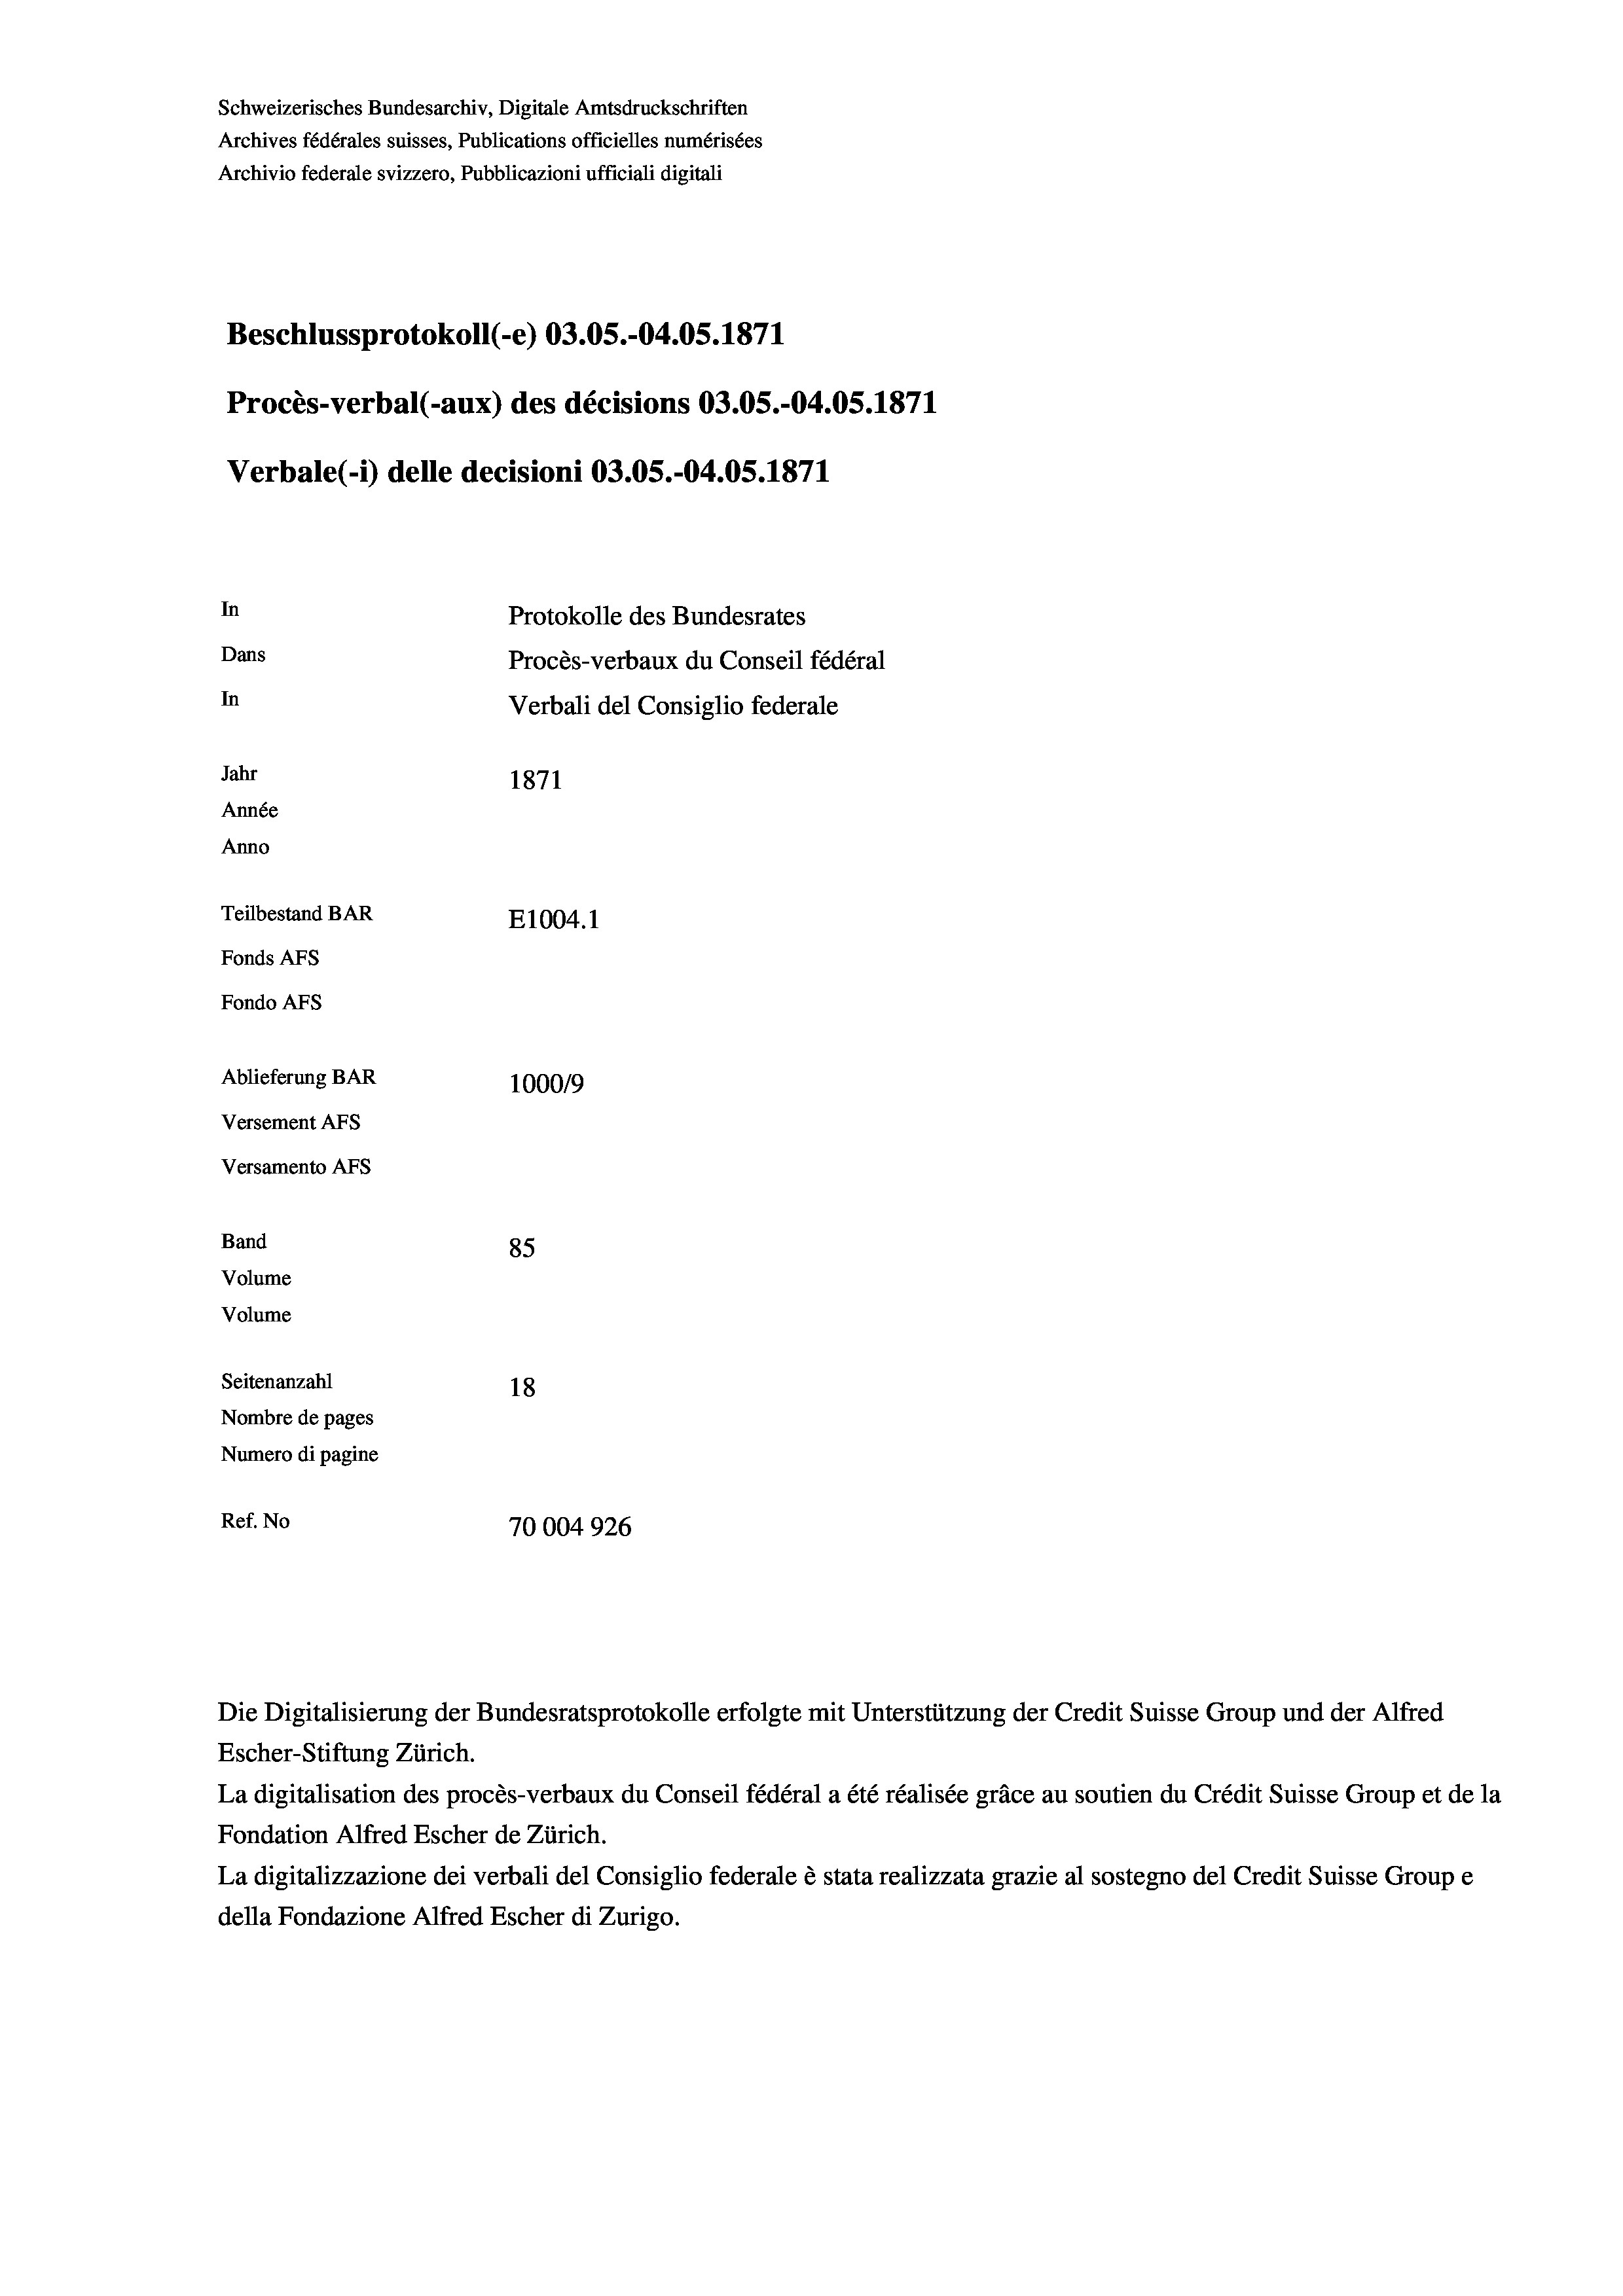
Schweizerisches Bundesarchiv, Digitale Amtsdruckschriften
Archives fédérales suisses, Publications officielles numérisées
Archivio federale svizzero, Pubblicazioni ufficiali digitali
Beschlussprotokoll (-e) 03.05.-04.05. 1871
Procès-verbal (-aux) des décisions 03.05.-04.05. 1871
Verbale (1) delle decisioni O3.05.-04.05. 1871
In
Protokolle des Bundesrates
Dans
Procès-verbaux du Conseil fédéral
In
Verbali del Consiglio federale
Jahr
1871
Année
Anno
Teilbestand BAR
E1004.1
Fonds AFs
Fondo AFS
Ablieferung BAR
100019
Versement AFs
Versamento AFs
Band
85
Volume
Volume
Seitenanzahl
18
Nombre de pages
Numero di pagine
Ref. No
70004926

Escher-Stiftung Zürich.
La digitalisation des procès-verbaux du Conseil fédéral a été réalisée gräce au soutien du Crédit Suisse Group et de la
Fondation Alfred Escher de Zürich.
La digitalizzazione dei verbali del Consiglio federale è stata realizzata grazie al sostegno del Credit Suisse Groupe
della Fondazione Alfred Escher di Zurigo.

Die Digitalisierung der Bundesratsprotokolle erfolgte mit Unterstützung der Credit Suisse Group und der Alfred